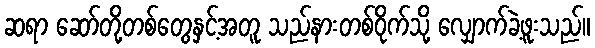
ဆရာ ဆော်တို့တစ်တွေနှင့်အတူ သည်နားတစ်ဝိုက်သို့ လျှောက်ခဲ့ဖူးသည်။